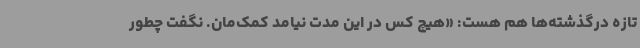
تازه درگذشته‌ها هم هست: «هیچ‌ کس در این مدت نیامد کمک‌مان. نگفت چطور